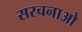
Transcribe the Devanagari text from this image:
सरचनाओ